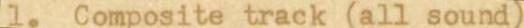
1. Composite track (all sound)